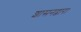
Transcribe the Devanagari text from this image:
शासनद्वारा